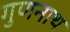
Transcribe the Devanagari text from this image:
गुणनाथ